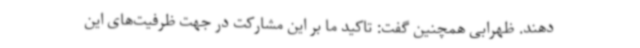
دهند. ظهرابی همچنین گفت: تاکید ما بر این مشارکت در جهت ظرفیت‌های این